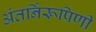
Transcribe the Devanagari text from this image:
अंतर्निरूपिणी